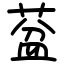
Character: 葐